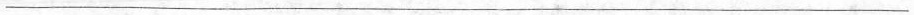
___